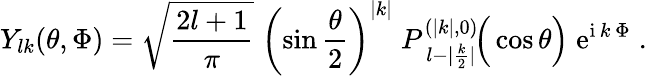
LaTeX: Y_{lk}(\theta,\Phi)=\sqrt{\frac{2l+1}{\pi}}\; \left(\sin\frac{\theta}{2}\right)^{|k|}\; P_{\: l-|\frac{k}{2}|}^{(|k|,0)}\! \Big(\cos\theta\Big)\; \mathrm{e}^{\mathrm{i}\, k\, \Phi}\; .